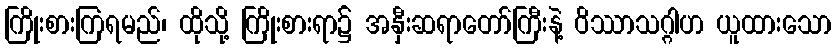
ကြိုးစားကြရမည်၊ ထိုသို့ ကြိုးစားရာ၌ အနှီးဆရာတော်ကြီးနဲ့ ဝိဿာသဂ္ဂါဟ ယူထားသော